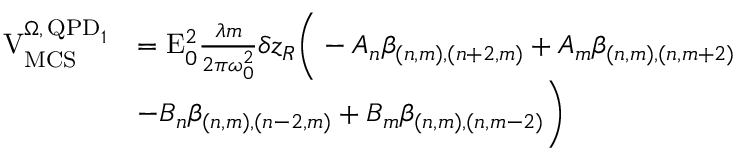
\begin{array} { r l } { \mathrm { V } _ { \mathrm { M C S } } ^ { \Omega , \, \mathrm { Q P D } _ { 1 } } } & { = \mathrm { E } _ { 0 } ^ { 2 } \frac { \lambda m } { 2 \pi \omega _ { 0 } ^ { 2 } } \delta z _ { R } \bigg ( - A _ { n } \beta _ { ( n , m ) , ( n + 2 , m ) } + A _ { m } \beta _ { ( n , m ) , ( n , m + 2 ) } } \\ & { - B _ { n } \beta _ { ( n , m ) , ( n - 2 , m ) } + B _ { m } \beta _ { ( n , m ) , ( n , m - 2 ) } \bigg ) } \end{array}